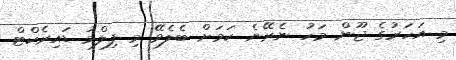
މި އަހަރުގެ ޖޫން މަހު ނެރޭނެ ކަމަށް ބެލެވޭ މި ފިލްމު ޑައިރެކްޓް